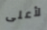
لأعلى